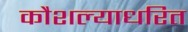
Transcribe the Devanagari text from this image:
कौशल्याधरित